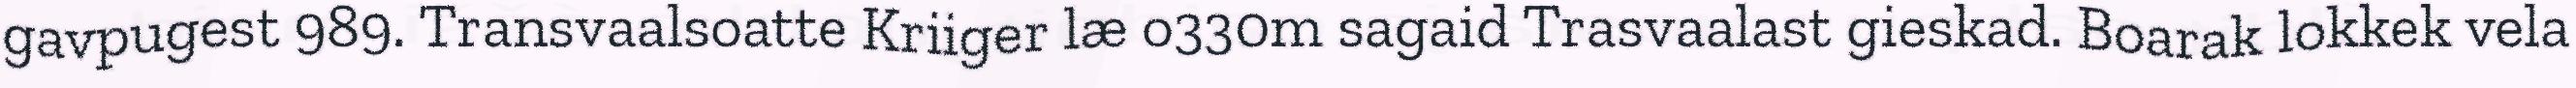
gavpugest 989. Transvaalsoatte Kriiger læ o330m sagaid Trasvaalast gieskad. Boarak lokkek vela